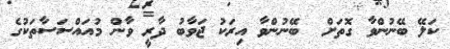
ކަލޭ ބޭނުންވާ ގޮތަށް  ބޭނުންވާ އިރަކު ޖަވާބު ދާރީ ވާން މުއައްސަސާތަކުގެ